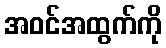
အဝင်အထွက်ကို